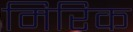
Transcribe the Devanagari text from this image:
मिरिक